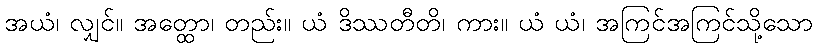
အယံ၊ လျှင်။ အတ္ထော၊ တည်း။ ယံ ဒိဿတီတိ၊ ကား။ ယံ ယံ၊ အကြင်အကြင်သို့သော